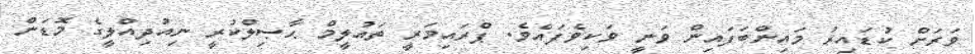
ވަރަށް ކުޑައިރު މައިންބަފައިން ވަނީ ވަކިވެފައެވެ. ޕްރައިމަރީ ތައުލީމް ޙާޞިލްކުރީ ނިއުދިއްލީގެ މޮޑަން